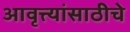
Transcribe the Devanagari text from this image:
आवृत्त्यांसाठीचे